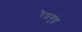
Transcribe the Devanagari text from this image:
रैडगुंड